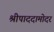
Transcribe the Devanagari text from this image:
श्रीपाददामोदर